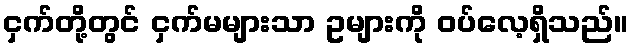
ငှက်တို့တွင် ငှက်မများသာ ဥများကို ဝပ်လေ့ရှိသည်။